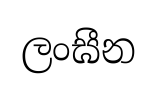
ලංඝීන